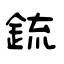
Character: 鋶